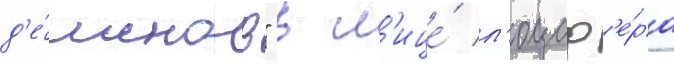
д'е́монов" в л'ице́ л'юциф'е́ра